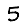
Digit: 5